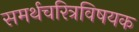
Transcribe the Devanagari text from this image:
समर्थचरित्रविषयक